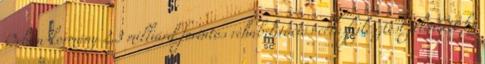
Orbán-kormány 2,3 milliárd forintos rehabilitációs célú fejlesztést jelentett be